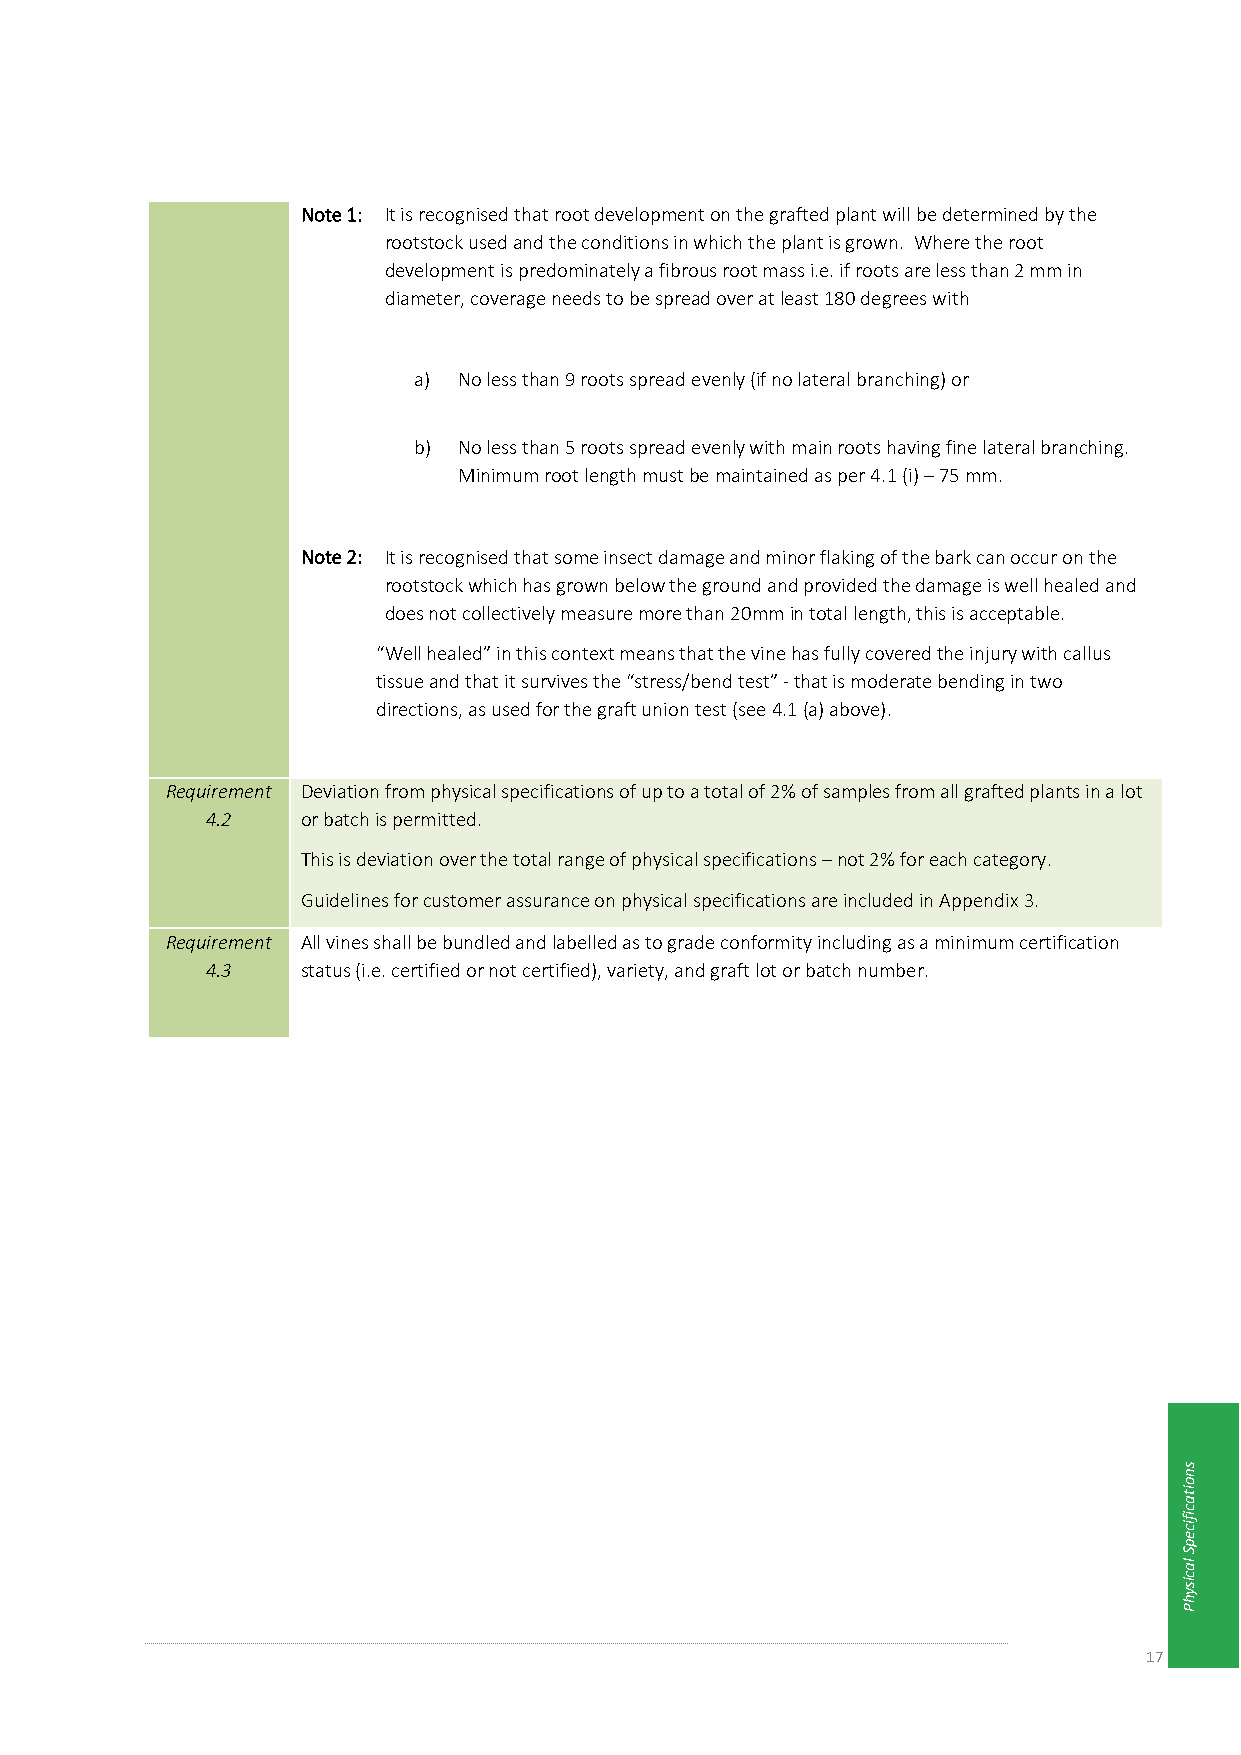
Note 1: It is recognised that root development on the grafted plant will be determined by the
 rootstock used and the conditions in which the plant is grown. Where the root
 development is predominately a fibrous root mass i.e. if roots are less than 2 mm in
 diameter, coverage needs to be spread over at least 180 degrees with
 a) No less than 9 roots spread evenly (if no lateral branching) or
 b) No less than 5 roots spread evenly with main roots having fine lateral branching.
 Minimum root length must be maintained as per 4.1 (i) – 75 mm.
 Note 2: It is recognised that some insect damage and minor flaking of the bark can occur on the
 rootstock which has grown below the ground and provided the damage is well healed and
 does not collectively measure more than 20mm in total length, this is acceptable.
 “Well healed” in this context means that the vine has fully covered the injury with callus
 tissue and that it survives the “stress/bend test” - that is moderate bending in two
 directions, as used for the graft union test (see 4.1 (a) above).
 Requirement Deviation from physical specifications of up to a total of 2% of samples from all grafted plants in a lot
 4.2   or batch is permitted.
 This is deviation over the total range of physical specifications – not 2% for each category.
 Guidelines for customer assurance on physical specifications are included in Appendix 3.
 Requirement All vines shall be bundled and labelled as to grade conformity including as a minimum certification
 4.3   status (i.e. certified or not certified), variety, and graft lot or batch number.
 s
 n
 o
 ita
 c
 ific
 e
 p
 S
 la
 c
 is
 y
 h
 P
 17